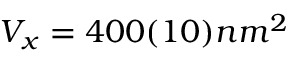
{ \cal V } _ { x } = 4 0 0 ( 1 0 ) n m ^ { 2 }